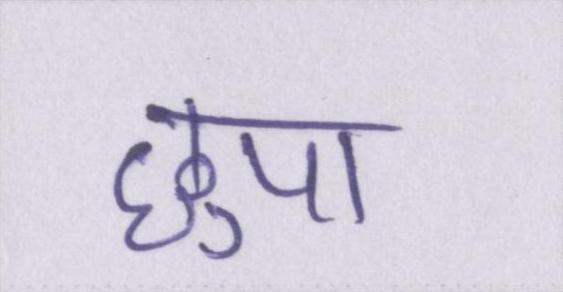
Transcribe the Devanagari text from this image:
छुपा